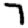
Digit: 7